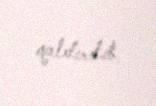
qaldırılıb.